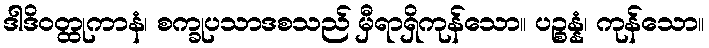
ဒါဒိဝတ္ထုကာနံ၊ စက္ခုပသာဒစသည် မှီရာရှိကုန်သော။ ပဉ္စန္နံ၊ ကုန်သော။